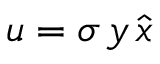
{ \ensuremath \boldsymbol { u } } = \sigma \, y \, \hat { \boldsymbol { x } }